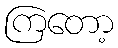
ကြတော့